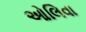
ઓલિવા